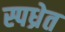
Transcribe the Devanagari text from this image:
स्पध्रेत